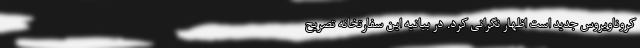
کروناویروس جدید است اظهار نگرانی کرد. در بیانیه این سفارتخانه تصریح